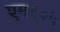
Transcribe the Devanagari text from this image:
एम१०५